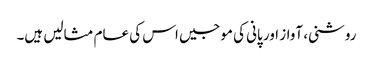
روشنی، آواز اور پانی کی موجیں اس کی عام مثالیں ہیں۔